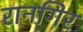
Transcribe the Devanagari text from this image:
रानगिर